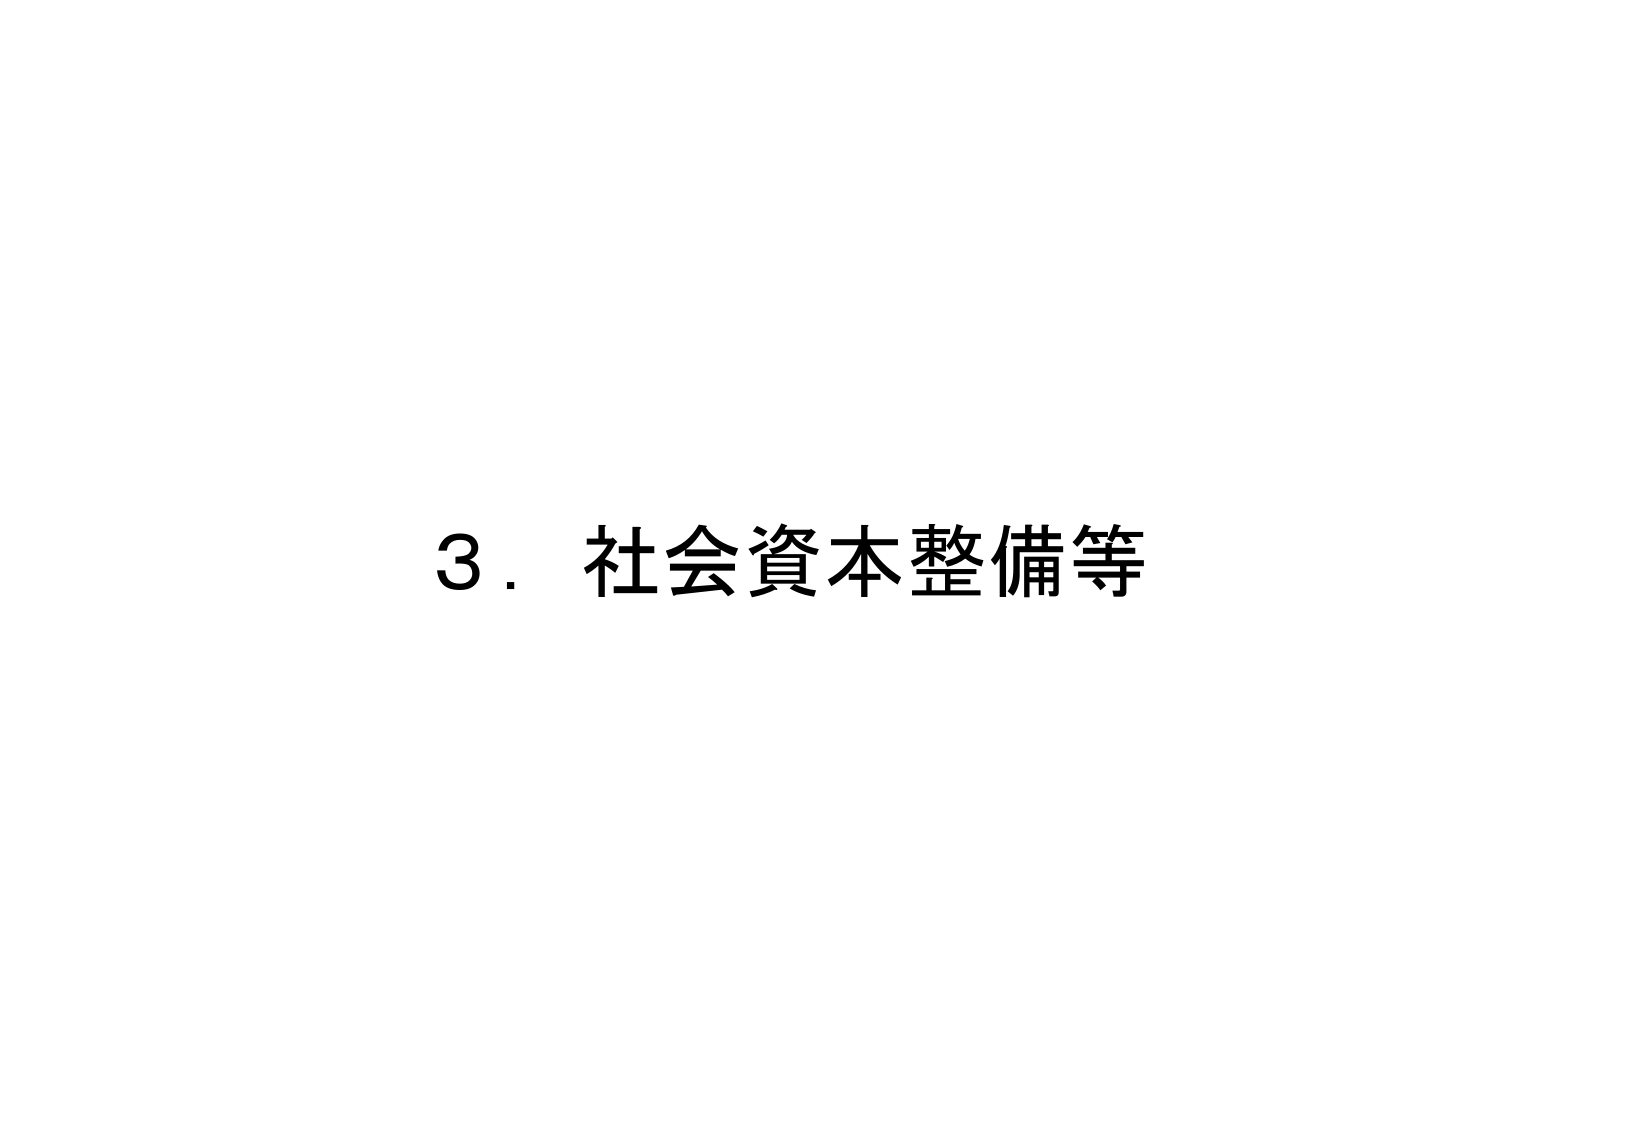
3．社会資本整備等